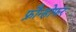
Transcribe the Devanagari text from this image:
फ्रौन्होफर